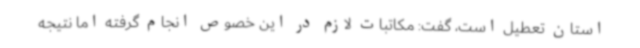
استان تعطیل است، گفت: مکاتبات لازم در این خصوص انجام گرفته اما نتیجه